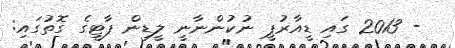
- 2013 ގައި ޑީއާރުޕީ ނުކުންނާނީ ލީޑިން ޕާޓީގެ ގޮތުގައި: